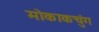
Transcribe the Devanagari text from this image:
मोकाकचुंग